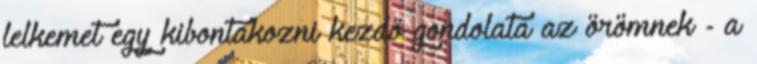
lelkemet egy kibontakozni kezdő gondolata az örömnek - a